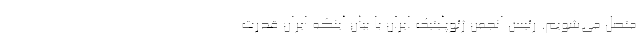
متصل می‌شویم. رئیس انجمن ژئوپلیتیک ایران با بیان اینکه ایران قدرت